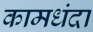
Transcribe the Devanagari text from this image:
कामधंदा